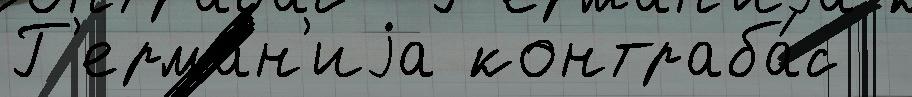
Г'ерма́н'иjа контраба́с